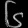
Digit: ၆